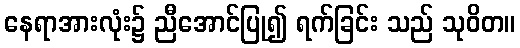
နေရာအားလုံး၌ ညီအောင်ပြု၍ ရက်ခြင်း သည် သုဝိတ။